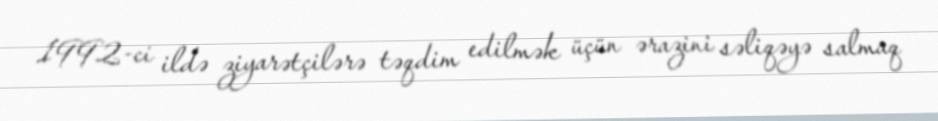
1992-ci ildə ziyarətçilərə təqdim edilmək üçün ərazini səliqəyə salmaq